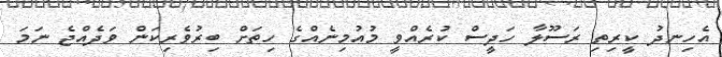
އެހިނދު ކީރިތި ރަސޫލާ ހަދީސް ކުރެއްވީ މުއުމިނެއްގެ ހިތަށް ބިރުވެރިކަން ވަދެއްޖެ ނަމަ